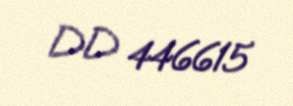
DD 446615